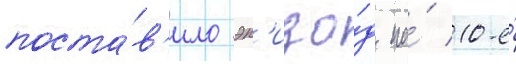
поста́в'ило эп'изо́д на́ 10-е́